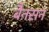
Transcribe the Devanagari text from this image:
बैनसन